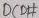
Text: DCD#